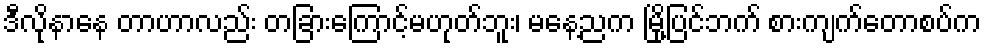
ဒီလိုနာနေ တာဟာလည်း တခြားကြောင့်မဟုတ်ဘူး၊ မနေ့ညက မြို့ပြင်ဘက် စားကျက်တောစပ်က